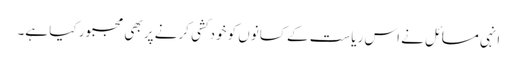
انہی مسائل نے اس ریاست کے کسانوں کو خودکشی کرنے پر بھی مجبور کیا ہے۔